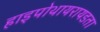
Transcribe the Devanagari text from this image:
हाइपोथायरायडता